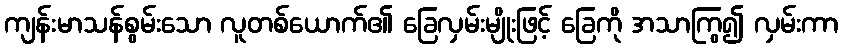
ကျန်းမာသန်စွမ်းသော လူတစ်ယောက်၏ ခြေလှမ်းမျိုးဖြင့် ခြေကို အသာကြွ၍ လှမ်းကာ